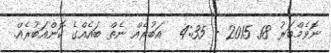
ނޮވެމްބަރު 18